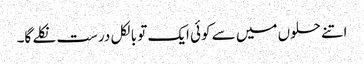
اتنے حلوں میں سے کوئی ایک تو بالکل درست نکلے گا۔